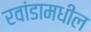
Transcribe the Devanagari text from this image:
रवांडामधील